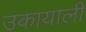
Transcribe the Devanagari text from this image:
उकायाली